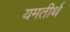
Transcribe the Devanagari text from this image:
यमतीर्थ